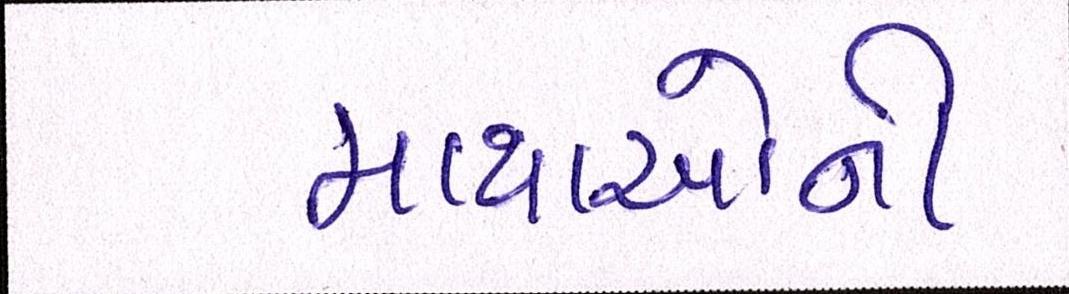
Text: માથાઓની